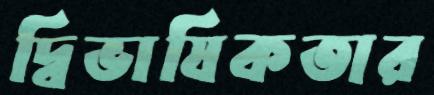
দ্বিভাষিকতার